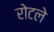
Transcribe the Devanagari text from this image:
रोटले